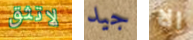
لاتثق جيد الا